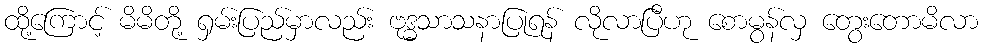
ထို့ကြောင့် မိမိတို့ ရှမ်းပြည်မှာလည်း ဗုဒ္ဓသာသနာပြုရန် လိုလာပြီဟု စောမွန်လှ တွေးတောမိလာ